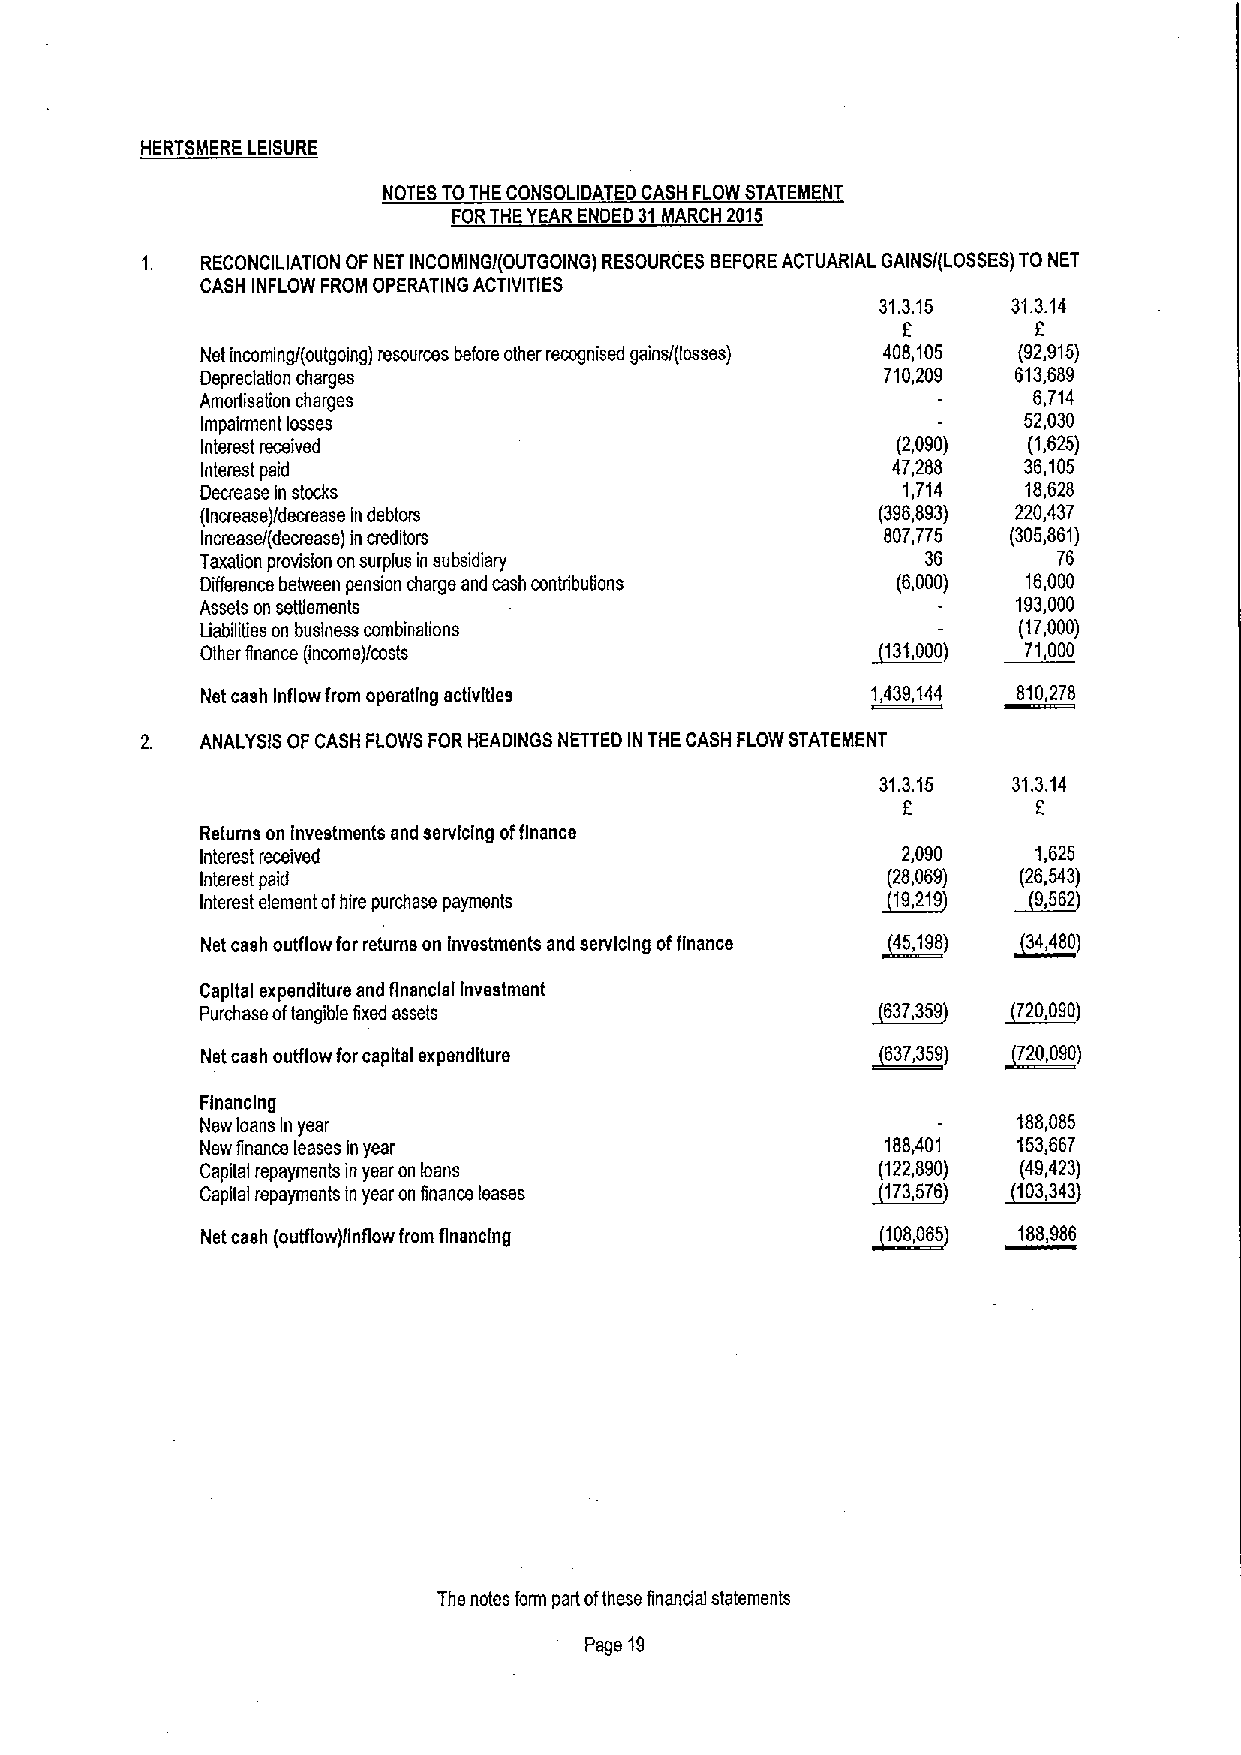
HERTSMERE LEISURE
 NOTES TOTHE CONSOLIDATED CASH FLOW STATEMENT
 FORTHEYEAR ENDED 31MARCH 2015
 RECONCILIATION OF NET INCOMINGI(OUTGOING) RESOURCES BEFOREACTUARIAL GAINS/(LOSSES) TO NET
 CASH INFLOW FROM OPERATING ACTIVITIES
 31.3.15  31.3.14
 Net incoming/(outgoing) resources before other recognised gains/(losses) 408,105 (92,915)
 Depreciation charges                         710,209  613,689
 Amorlisation charges                                   6,714
 Impairment losses                                      52,030
 Interest received                             (2,090)  (1,625)
 Interest paid                                 47,288   36,105
 Decrease in stocks                             1,714   18,628
 (Increase)/decrease in debtors               (396,893) 220,437
 Increase/(decrease) in creditors             807,775  (305,861)
 Taxation provision onsurplus in subsidiary      36       76
 Difference between pension charge and cash contributions (6,000) 16,000
 Assets on setgsments                                  193,000
 Liabilities on business combinations                  (17,000)
 Other finance (income)/costs                 $131,000) 71,000
 Net cash Inflow from operating activities    1,439,144 810,278
 ANALYSIS OF CASH FLOWS FORHEADINGS NETTED IN THE CASH FLOW STATEMENT
 31.3.15  31.3.14
 6
 Returns on Investmsnts and servicing offinance
 Interest received                              2,090    1,625
 Interest paid                                 (28,069) (26,543)
 Interest element ofhire purchase payments    ~19,219  ~9,562
 Net cash outflow for returns on investments and servicing offinance ~45,198) ~34,480)
 Capital expenditure and financial investment
 Purchase oftangible fixed assets             ~637,359 ~720,090)
 Net cash outflow forcapital expenditure      ~637,359) ~720,090)
 Financing
 New loans in year                                     188,085
 New finance leases in year                    188,401 153,667
 Capilal repayments inyear on loans           (122,890) (49,423)
 Capital repayments in year on finance leases ~173,576 ~103,343
 Net cash (ouNow)/inflow from financing        108,065 188,986
 The notes form part ofthese financial statements
 Page 19